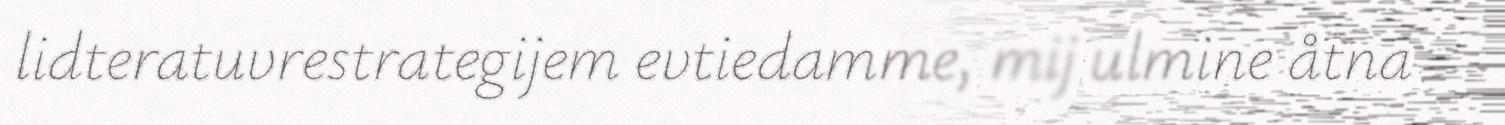
lidteratuvrestrategijem evtiedamme, mij ulmine åtna